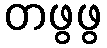
တဖွဖွ